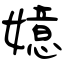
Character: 嬑